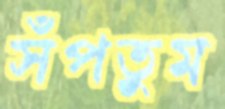
সঁপতুম